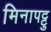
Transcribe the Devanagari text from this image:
मिनापट्टु